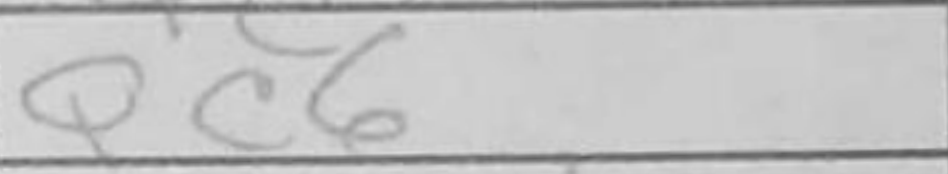
Transcription: Qc6